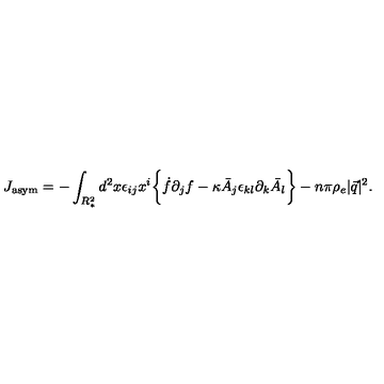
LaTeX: J _ { \mathrm { a s y m } } = - \int _ { R _ { * } ^ { 2 } } d ^ { 2 } x \epsilon _ { i j } x ^ { i } \biggl \{ \dot { f } \partial _ { j } f - \kappa \bar { A } _ { j } \epsilon _ { k l } \partial _ { k } \bar { A } _ { l } \biggr \} - n \pi \rho _ { e } | \vec { q } | ^ { 2 } .